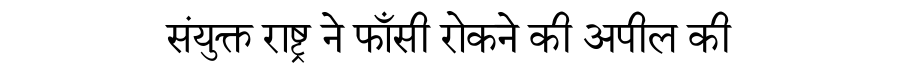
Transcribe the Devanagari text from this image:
संयुक्त राष्ट्र ने फाँसी रोकने की अपील की